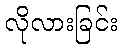
လိုလားခြင်း